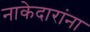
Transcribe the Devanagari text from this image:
नाकेदारांना